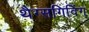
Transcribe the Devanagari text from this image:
थैग्सगिविंग